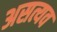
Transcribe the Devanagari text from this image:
असत्यव